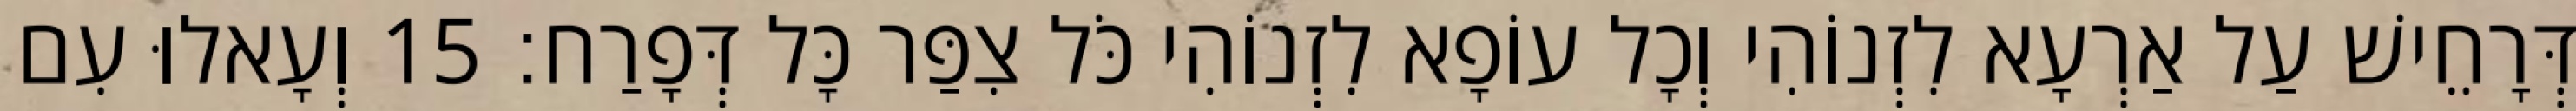
דְּרָחֵישׁ עַל אַרְעָא לִזְנוֹהִי וְכָל עוֹפָא לִזְנוֹהִי כֹּל צִפַּר כָּל דְּפָרַח׃ 15 וְעָאלוּ עִם